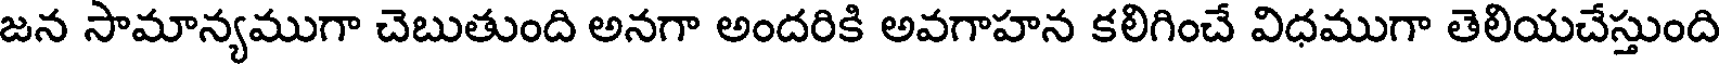
జన సామాన్యముగా చెబుతుంది అనగా అందరికి అవగాహన కలిగించే విధముగా తెలియచేస్తుంది